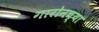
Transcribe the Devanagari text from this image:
गारोनच्या